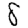
Digit: 8